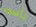
بأسوء